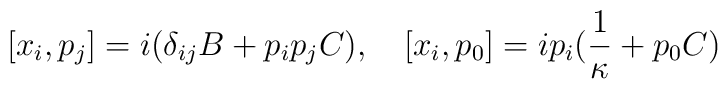
[x_{i},p_{j}]=i(\delta_{ij}B+p_{i}p_{j}C), \quad [x_{i},p_{0}]=ip_{i}(\frac{1}{\kappa}+p_{0}C)